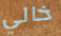
خالي